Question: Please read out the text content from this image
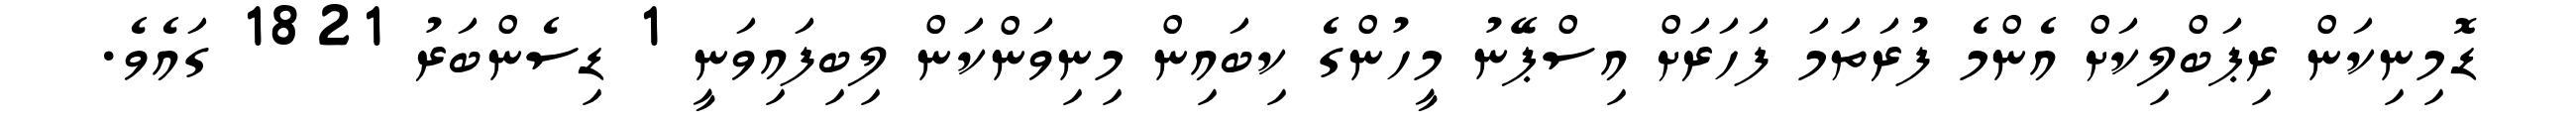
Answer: ޑޮމިނިކަން ރިޕަބްލިކަށް އެންމެ ފުރަތަމަ ފަހަރަށް އިސްޕޭނު މީހުންގެ ކިބައިން މިނިވަންކަން ލިބިފައިވަނީ 1 ޑިސެންބަރު 1821 ގައެވެ.